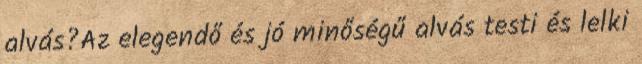
alvás?Az elegendő és jó minőségű alvás testi és lelki